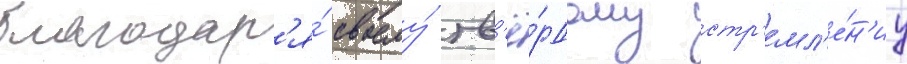
благодар'я́ своему́ тв'ё́рдому стр'емл'е́н'иу